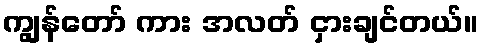
ကျွန်တော် ကား အလတ် ငှားချင်တယ်။